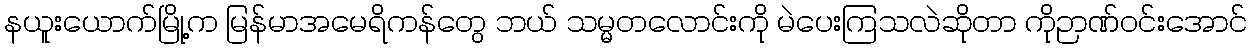
နယူးယောက်မြို့က မြန်မာအမေရိကန်တွေ ဘယ် သမ္မတလောင်းကို မဲပေးကြသလဲဆိုတာ ကိုဉာဏ်ဝင်းအောင်